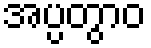
အပ္ပတွာဝ